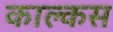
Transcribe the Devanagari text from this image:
काल्कस